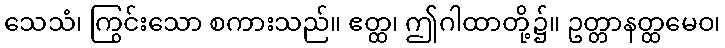
သေသံ၊ ကြွင်းသော စကားသည်။ ဧတ္ထ၊ ဤဂါထာတို့၌။ ဥတ္တာနတ္ထမေဝ၊